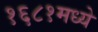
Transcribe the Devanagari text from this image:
१६८१मध्ये